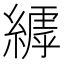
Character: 𮈺